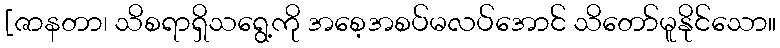
[ဇာနတာ၊ သိစရာရှိသရွေ့ကို အစေ့အစပ်မလပ်အောင် သိတော်မူနိုင်သော။